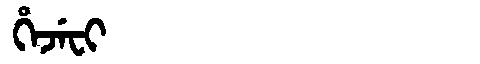
Manchu: ᡥᡝᠵᡝᠸᡳ
Romanization: HEJEFI